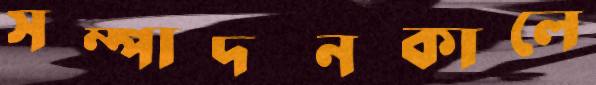
সম্পাদনকালে